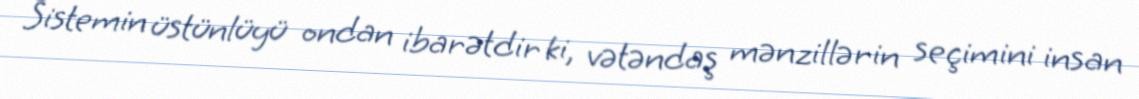
Sistemin üstünlüyü ondan ibarətdir ki, vətəndaş mənzillərin seçimini insan